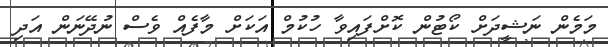
މަމެން ނަޝީދަށް ކޯޓުން ކޮށްފައިވާ ހުކުމް އަކަށް މާފެއް ވެސް ނުދޭނަން އަދި